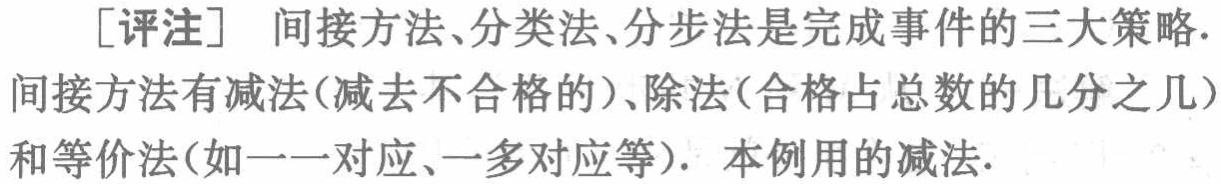
[评注] 间接方法、分类法、分步法是完成事件的三大策略.间接方法有减法(减去不合格的)、除法(合格占总数的几分之几)和等价法(如一一对应、一多对应等). 本例用的减法.